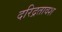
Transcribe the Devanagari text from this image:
दरिद्रतावश